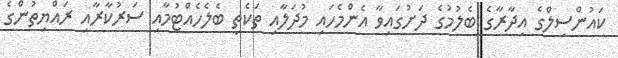
ކައުންސިލްގެ އިދާރާގެ ބެލުމުގެ ދަށުގައިވާ އެންމެހައި މުދަލާއި ތަކެތި ބެލެހެއްޓުމާއި ސަރުކާރާއި ރައްޔިތުންގެ